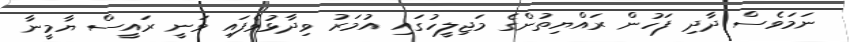
ނަމަވެސް ދާދި ފަހުން ރައްޔިތުންގެ މަޖިލީހުގައި އުމަރު ވިދާޅުވެފައި ވަނީ ރައީސް ޔާމީނާ